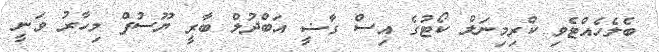
ބެލެހެެއްޓެވި ކްރިމިނަލް ކޯޓުގެ އިސް ގާޟީ އަބްދުލް ބާރީ ޔޫސުފް މިހާރު ވަނީ